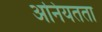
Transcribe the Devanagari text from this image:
अनियतता